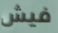
فيش